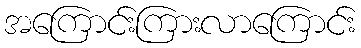
အကြောင်းကြားလာကြောင်း